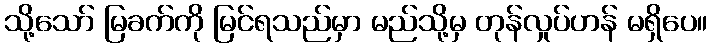
သို့သော် မြခက်ကို မြင်ရသည်မှာ မည်သို့မှ တုန်လှုပ်ဟန် မရှိပေ။